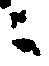
ニ